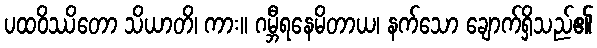
ပထဝိဿိတော သိယာတိ၊ ကား။ ဂမ္ဘီရနေမိတာယ၊ နက်သော ချောက်ရှိသည်၏